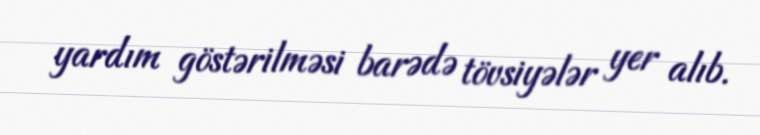
yardım göstərilməsi barədə tövsiyələr yer alıb.